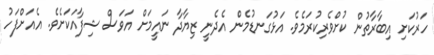
ހަރުކަށި އިބާރާތުން ކުށްވެރިކުރަމެވެ. އަޅުގަނޑުމެން އެދެނީ ޒިޔާދާ ނައީމަށް އަވަސް ޝިފާއަކަށެވެ. އެއަށްފަހު